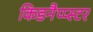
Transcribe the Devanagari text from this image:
किडनैप्प्स्टर